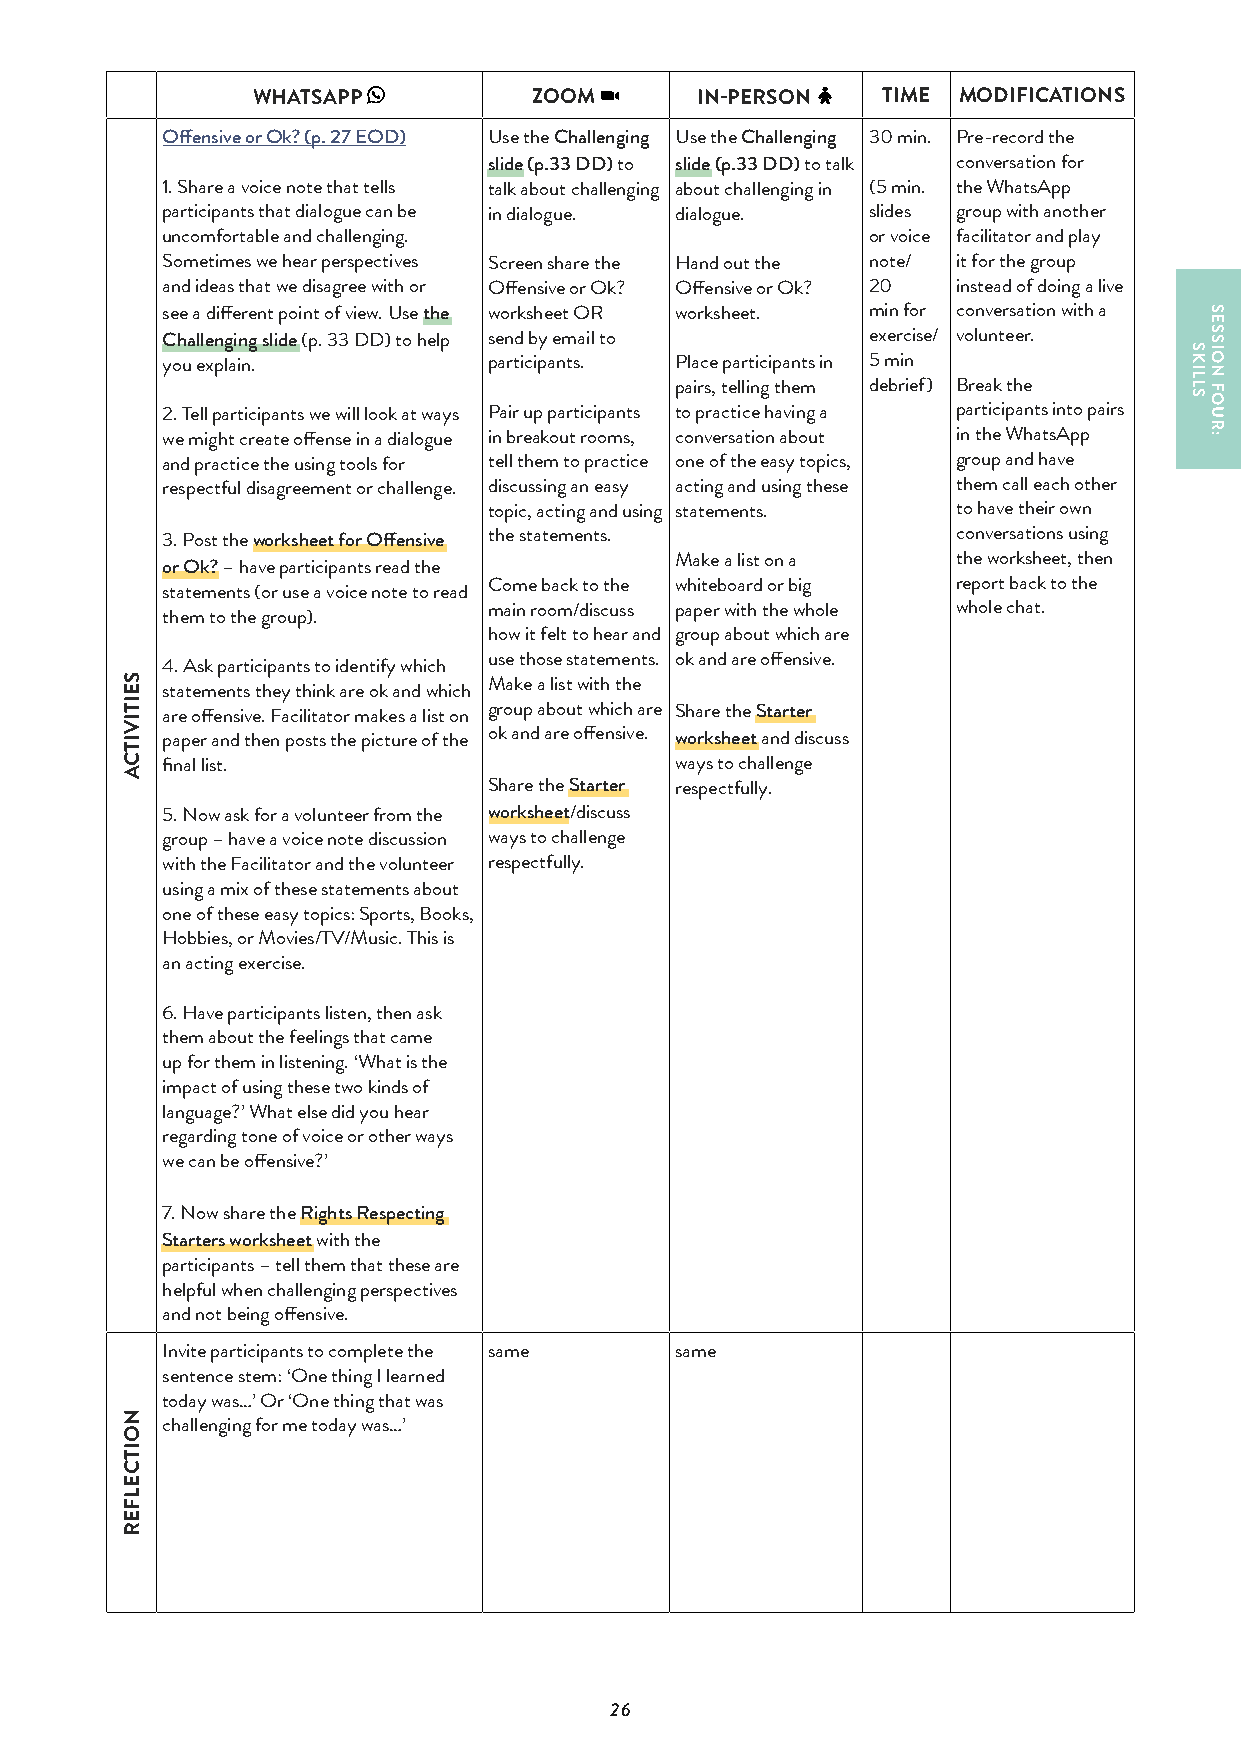
WHATSAPP          ZOOM       IN-PERSON   TIME MODIFICATIONS
 Offensive or Ok? (p. 27 EOD) Use the Challenging Use the Challenging 30 min. Pre-record the
 slide (p.33 DD) to slide (p.33 DD) to talk conversation for
 1. Share a voice note that tells talk about challenging about challenging in (5 min. the WhatsApp
 participants that dialogue can be in dialogue. dialogue. slides group with another
 uncomfortable and challenging.                or voice facilitator and play
 Sometimes we hear perspectives Screen share the Hand out the note/ it for the group
 and ideas that we disagree with or Offensive or Ok? Offensive or Ok? 20 instead of doing a live
 see a different point of view. Use the worksheet OR worksheet. min for conversation with a
 Challenging slide (p. 33 DD) to help send by email to exercise/ volunteer.
 you explain.         participants. Place participants in 5 min
 pairs, telling them debrief) Break the
 2. Tell participants we will look at ways Pair up participants to practice having a participants into pairs
 we might create offense in a dialogue in breakout rooms, conversation about in the WhatsApp
 and practice the using tools for tell them to practice one of the easy topics, group and have
 respectful disagreement or challenge. discussing an easy acting and using these them call each other
 topic, acting and using statements. to have their own
 3. Post the worksheet for Offensive the statements. conversations using
 Make a list on a  the worksheet, then
 or Ok? – have participants read the
 Come back to the whiteboard or big report back to the
 statements (or use a voice note to read
 main room/discuss paper with the whole whole chat.
 them to the group).
 how it felt to hear and group about which are
 use those statements. ok and are offensive.
 4. Ask participants to identify which
 Make a list with the
 statements they think are ok and which
 are offensive. Facilitator makes a list on group about which are Share the Starter
 paper and then posts the picture of the ok and are offensive. worksheet and discuss
 final list.                       ways to challenge
 Share the Starter respectfully.
 5. Now ask for a volunteer from the worksheet/discuss
 group – have a voice note discussion ways to challenge
 with the Facilitator and the volunteer respectfully.
 using a mix of these statements about
 one of these easy topics: Sports, Books,
 Hobbies, or Movies/TV/Music. This is
 an acting exercise.
 6. Have participants listen, then ask
 them about the feelings that came
 up for them in listening. ‘What is the
 impact of using these two kinds of
 language?’ What else did you hear
 regarding tone of voice or other ways
 we can be offensive?’
 7. Now share the Rights Respecting
 Starters worksheet with the
 participants – tell them that these are
 helpful when challenging perspectives
 and not being offensive.
 Invite participants to complete the same same
 sentence stem: ‘One thing I learned
 today was…’ Or ‘One thing that was
 challenging for me today was…’
 26
 SEITIVITCA
 NOITCELFER
 SKILLS
 SESSION
 FOUR: